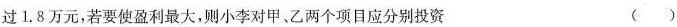
过1.8万元，若要使盈利最大，则小李对甲、乙两个项目应分别投资 ( )